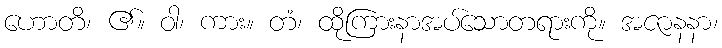
ဟောတိ၊ ၏။ ဝါ၊ ကား။ တံ၊ ထိုကြားနာအပ်သောတရားကို။ အဇာနနာ၊